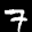
Label: 7